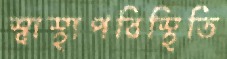
স্বাস্থ্যপরিস্থিতি